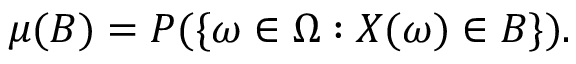
\mu ( B ) = P ( \{ \omega \in \Omega : X ( \omega ) \in B \} ) .